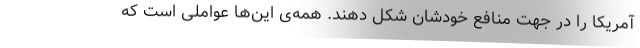
آمریکا را در جهت منافع خودشان شکل دهند. همه‌ی این‌ها عواملی است که